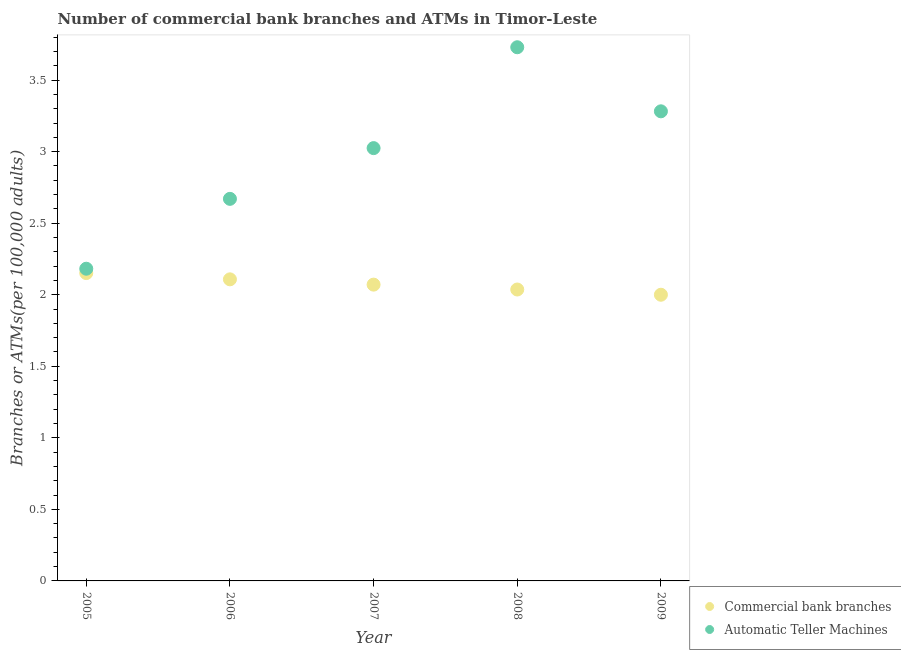
| Year | Commercial bank branches | Automatic Teller Machines |
 | --- | --- | --- |
 | 2005 | 2.15 | 2.18 |
 | 2006 | 2.11 | 2.67 |
 | 2007 | 2.07 | 3.02 |
 | 2008 | 2.04 | 3.73 |
 | 2009 | 2 | 3.28 |